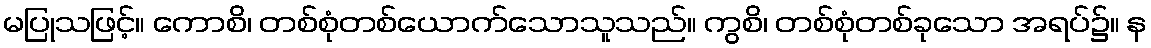
မပြုသဖြင့်။ ကောစိ၊ တစ်စုံတစ်ယောက်သောသူသည်။ ကွစိ၊ တစ်စုံတစ်ခုသော အရပ်၌။ န